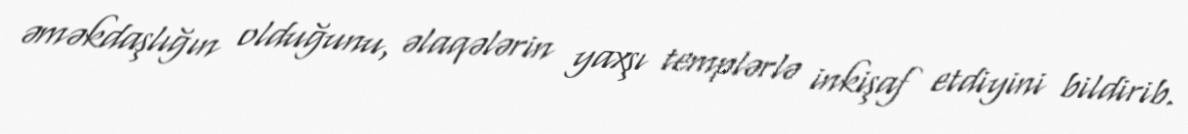
əməkdaşlığın olduğunu, əlaqələrin yaxşı templərlə inkişaf etdiyini bildirib.